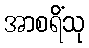
အာစရိံသု